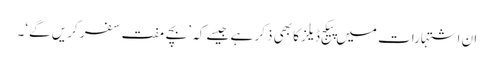
ان اشتہارات میں پیکج ڈیلز کا بھی ذکر ہے جیسے کہ ’بچے مفت سفر کریں گے‘۔